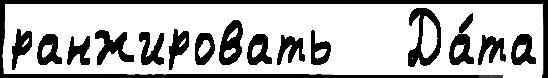
ранжировать   Да́та